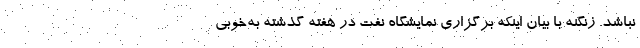
نباشد. زنگنه با بیان اینکه برگزاری نمایشگاه نفت در هفته گذشته به‌خوبی